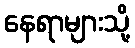
နေရာများသို့